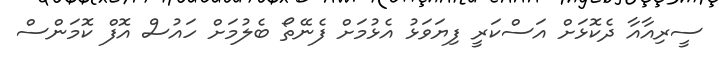
ސީރިއާއާ ދެކޮޅަށް އަސްކަރީ ފިޔަވަޅު އެޅުމަށް ފެނޭތޯ ބެލުމަށް ހައުސް އޮފް ކޮމަންސް